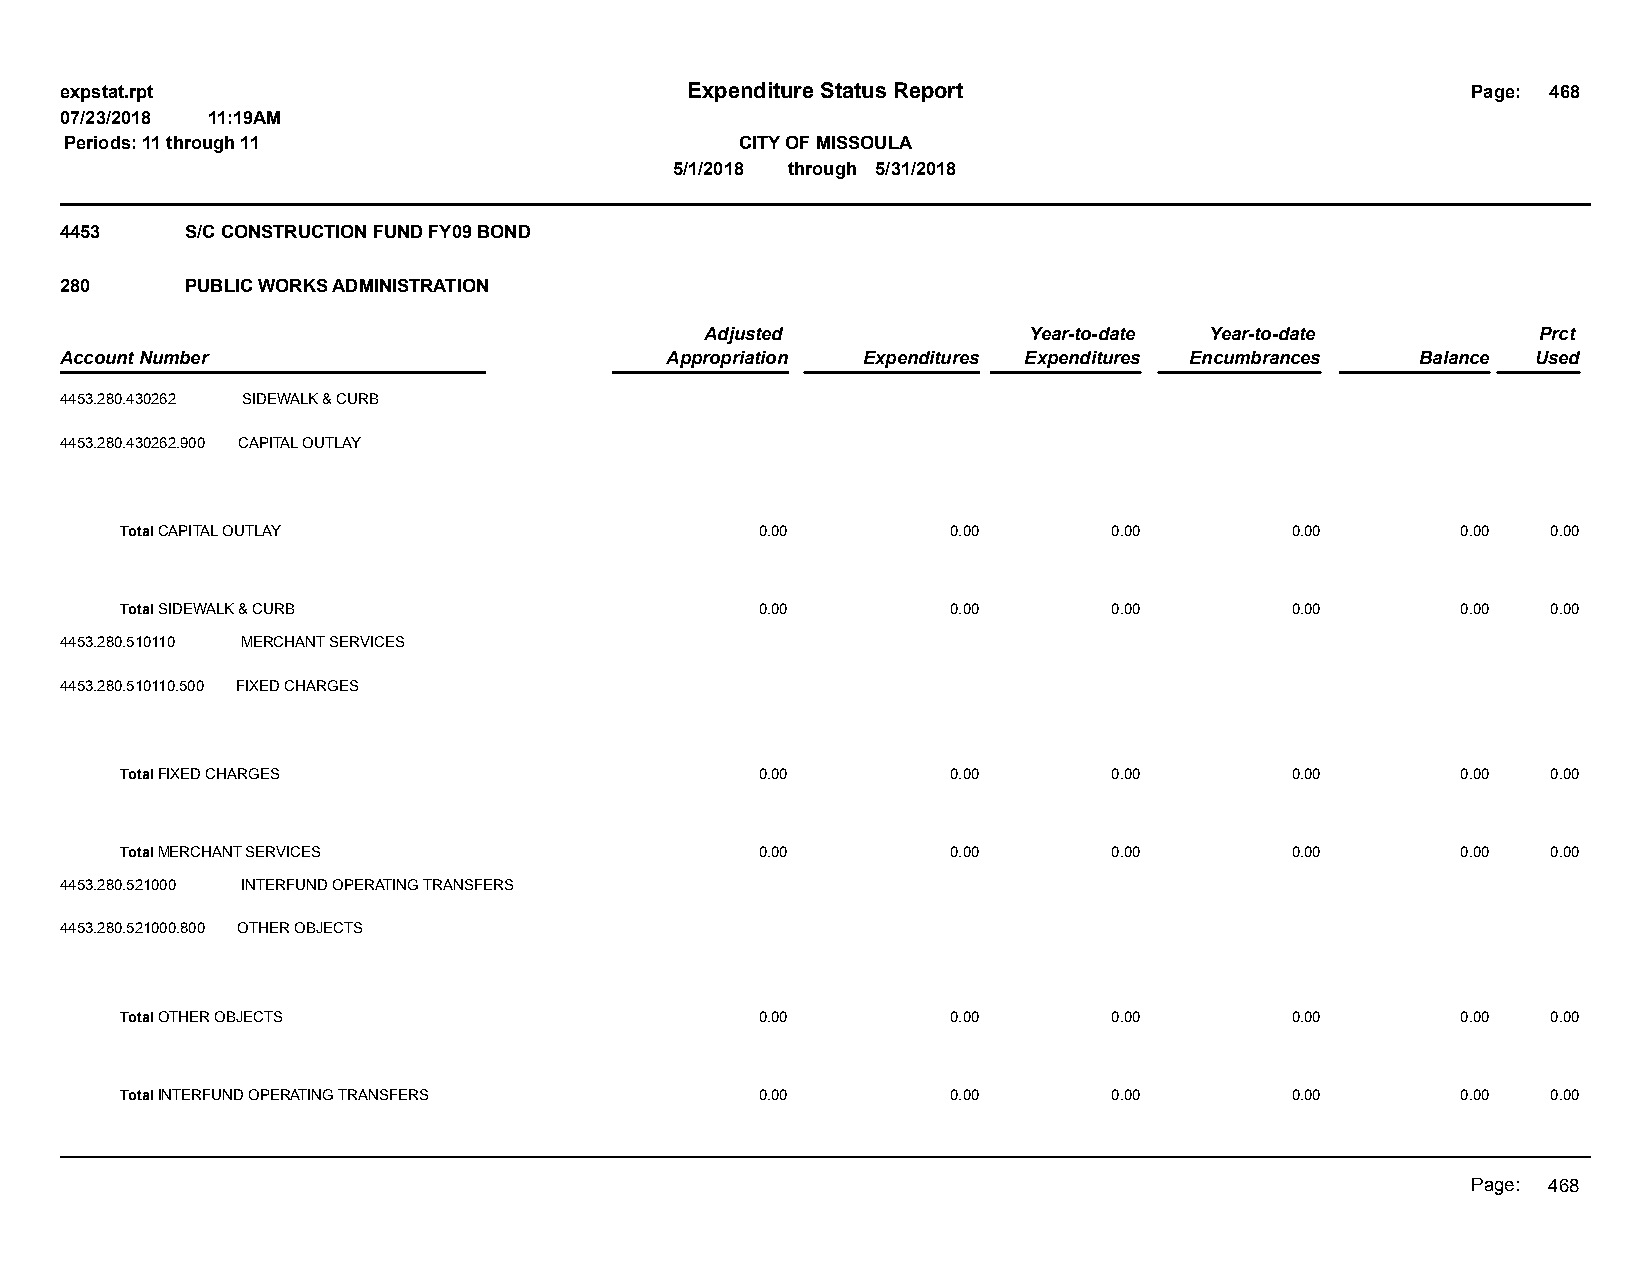
expstat.rpt                              Expenditure Status Report                           Page: 468
 07/23/2018 11:19AM
 Periods: 11 through 11                       CITY OF MISSOULA
 5/1/2018 through 5/31/2018
 4453    S/C CONSTRUCTION FUND FY09 BOND
 280     PUBLIC WORKS ADMINISTRATION
 Adjusted             Year-to-date Year-to-date         Prct
 Account Number                          Appropriation Expenditures Expenditures Encumbrances Balance Used
 4453.280.430262 SIDEWALK & CURB
 4453.280.430262.900 CAPITAL OUTLAY
 Total CAPITAL OUTLAY                      0.00         0.00       0.00       0.00        0.00  0.00
 Total SIDEWALK & CURB                     0.00         0.00       0.00       0.00        0.00  0.00
 4453.280.510110 MERCHANT SERVICES
 4453.280.510110.500 FIXED CHARGES
 Total FIXED CHARGES                       0.00         0.00       0.00       0.00        0.00  0.00
 Total MERCHANT SERVICES                   0.00         0.00       0.00       0.00        0.00  0.00
 4453.280.521000 INTERFUND OPERATING TRANSFERS
 4453.280.521000.800 OTHER OBJECTS
 Total OTHER OBJECTS                       0.00         0.00       0.00       0.00        0.00  0.00
 Total INTERFUND OPERATING TRANSFERS       0.00         0.00       0.00       0.00        0.00  0.00
 Page: 468